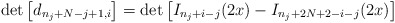
\begin{align*}\det\left[d_{n_{j}+N-j+1,i}\right] = \det\left[I_{n_{j}+i-j}(2x)-I_{n_{j}+2N+2-i-j}(2x)\right]\end{align*}